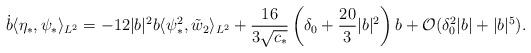
LaTeX: \begin{align*}\dot{b} \langle \eta_*, \psi_* \rangle_{L^2} =-12 |b|^2 b \langle \psi_*^2, \tilde{w}_2 \rangle_{L^2} +\frac{16}{3 \sqrt{c_*}} \left( \delta_0 + \frac{20}{3} |b|^2 \right) b +\mathcal{O}(\delta_0^2 |b| + |b|^5).\end{align*}